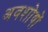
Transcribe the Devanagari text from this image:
अवशोषों